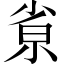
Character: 𡭽